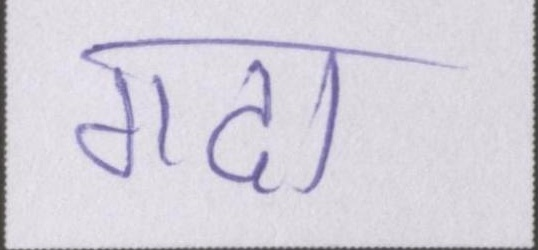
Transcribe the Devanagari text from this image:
गदा